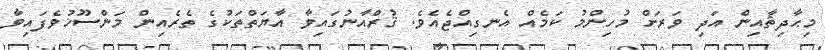
މިޙާދިޘާއިން އަދި ވަރަށް މުހިންމު ކަމެއް އެނގިއްޖެއެވެ. ޤުރްއާނުގައިވާ އާޔަތްތަކުގެ ތެރެއިން މަންސޫޚުވެފައިވާ